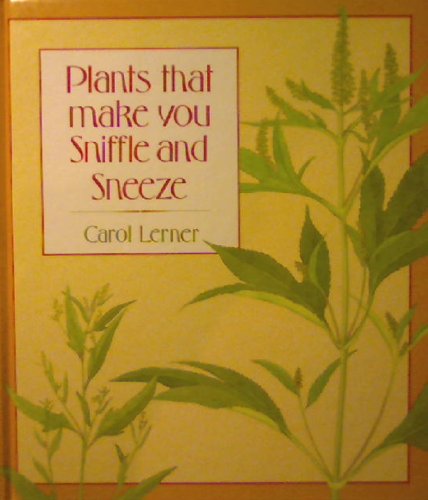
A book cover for Plants That Make You Sniffle and Sneeze; Carol Lerner; Health, Fitness & Dieting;